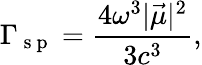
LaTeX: \Gamma_{\mathrm{~s~p~}}=\frac{4\omega^{3}|\vec{\mu}|^{2}}{3c^{3}},